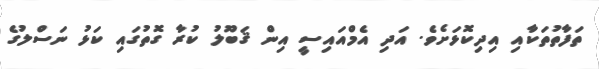
ތަފާތުތަކާއި އިދިކޮޅަށެވެ. އަދި އެމްއައިސީ އިން ޤަބޫލު ކުރާ ގޮތުގައި ކަޅު ނަސްލުގެ